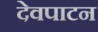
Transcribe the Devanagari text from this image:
देवपाटन